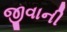
જીવાની